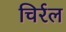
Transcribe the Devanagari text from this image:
चिर्रल